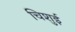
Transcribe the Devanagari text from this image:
चिशुई